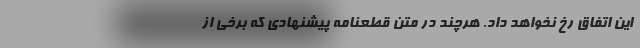
این اتفاق رخ نخواهد داد. هرچند در متن قطعنامه پیشنهادی که برخی از